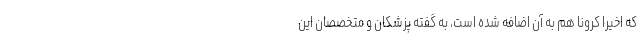
که اخیرا کرونا هم به آن اضافه شده است، به گفته پزشکان و متخصصان این